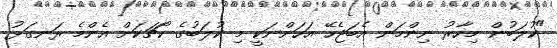
"ކުލަބުން މިހާރު ނިންމަން އެބަޖެހޭ އަހަންނަކީ މި ކުލަބުގެ ކޯޗަކަށް އެންމެ ރަނގަޅު